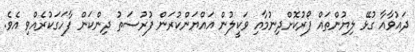
ދައުވާއާ ގުޅޭ ލިޔުންތައް ފޯރުކޮށްދިނުމާއި ވަކީލުން އައްޔަންކުރަން ފުރުސަތު ދިންކަން ފާހަގަކުރެއްވި އެވެ.